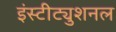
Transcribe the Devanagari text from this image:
इंस्टीट्युशनल